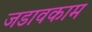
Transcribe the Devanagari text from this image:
जडावकाम